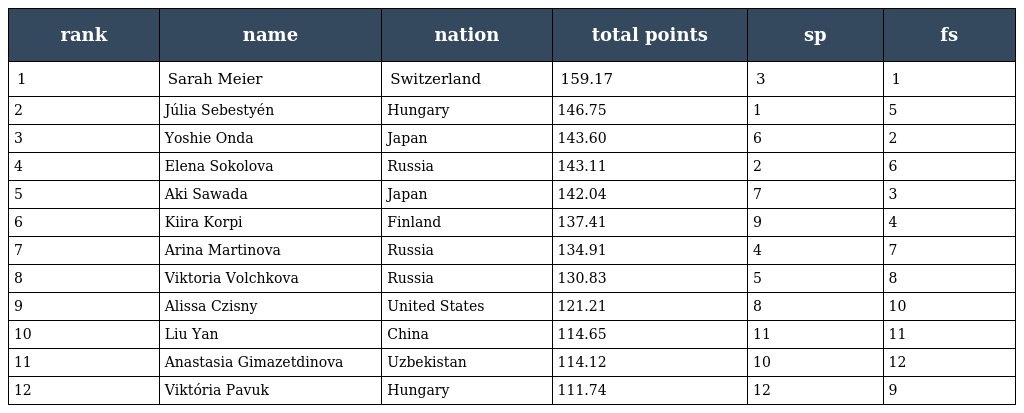
| rank | name | nation | total points | sp | fs |
 | --- | --- | --- | --- | --- | --- |
 | 1 | Sarah Meier | Switzerland | 159.17 | 3 | 1 |
 | 2 | Júlia Sebestyén | Hungary | 146.75 | 1 | 5 |
 | 3 | Yoshie Onda | Japan | 143.60 | 6 | 2 |
 | 4 | Elena Sokolova | Russia | 143.11 | 2 | 6 |
 | 5 | Aki Sawada | Japan | 142.04 | 7 | 3 |
 | 6 | Kiira Korpi | Finland | 137.41 | 9 | 4 |
 | 7 | Arina Martinova | Russia | 134.91 | 4 | 7 |
 | 8 | Viktoria Volchkova | Russia | 130.83 | 5 | 8 |
 | 9 | Alissa Czisny | United States | 121.21 | 8 | 10 |
 | 10 | Liu Yan | China | 114.65 | 11 | 11 |
 | 11 | Anastasia Gimazetdinova | Uzbekistan | 114.12 | 10 | 12 |
 | 12 | Viktória Pavuk | Hungary | 111.74 | 12 | 9 |